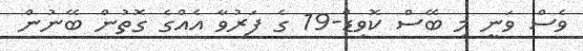
ވެސް ވަނީ މި ބޭސް ކޮވިޑް-19 ގެ ފަރުވާ އެއްގެ ގޮތުން ބޭނުން